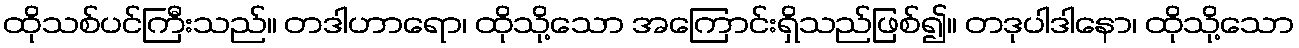
ထိုသစ်ပင်ကြီးသည်။ တဒါဟာရော၊ ထိုသို့သော အကြောင်းရှိသည်ဖြစ်၍။ တဒုပါဒါနော၊ ထိုသို့သော